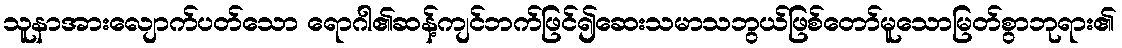
သူနာအားလျောက်ပတ်သော ရောဂါ၏ဆန့်ကျင်ဘက်ဖြင်၍ဆေးသမာသဘွယ်ဖြစ်တော်မူသောမြတ်စွာဘုရား၏